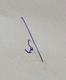
Signature authenticity: genuine